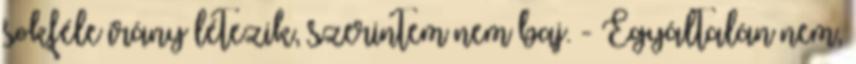
sokféle irány létezik, szerintem nem baj. - Egyáltalán nem,